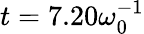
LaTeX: t=7.20\omega_{0}^{-1}